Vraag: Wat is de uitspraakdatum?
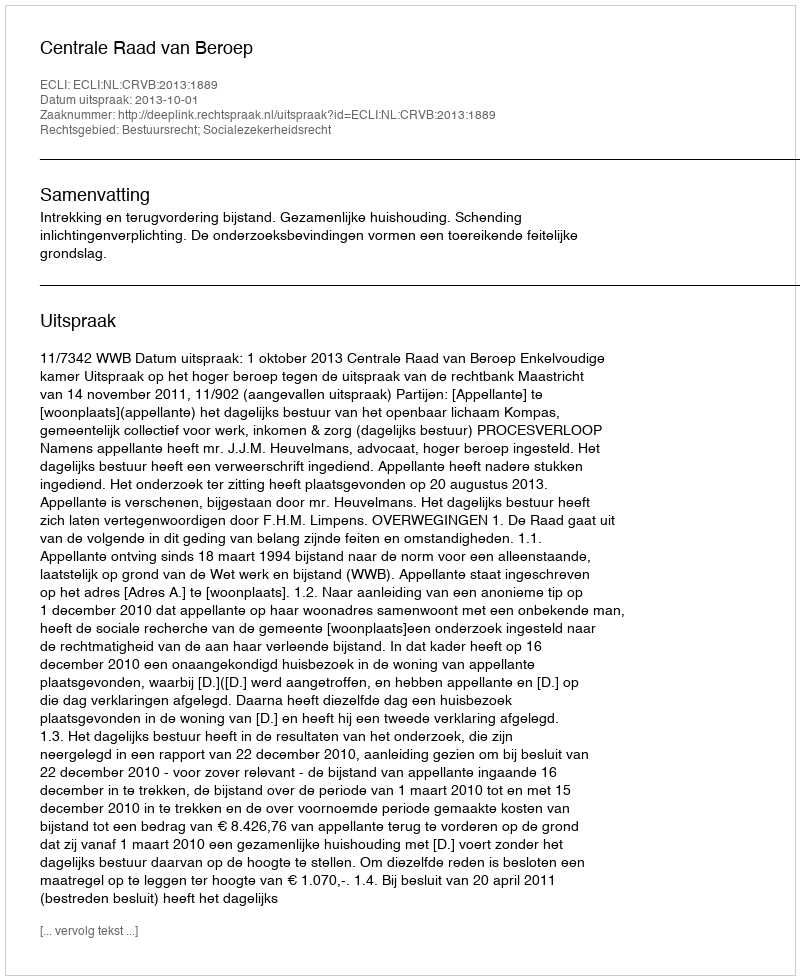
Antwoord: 2013-10-01